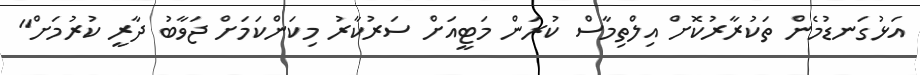
އަޅުގަނޑުމެން ތަކުރާރުކޮށް އިލްތިމާސް ކުރަން މަޓީއަށް ސަރުކާރު މިކަންކަމަށް ޖަވާބު ދާރީ ކުރުމަށް"